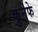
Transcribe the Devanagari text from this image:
कुनेफे